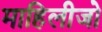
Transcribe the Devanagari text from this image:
माहिलीजो